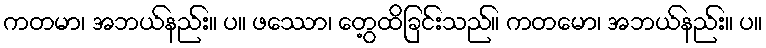
ကတမာ၊ အဘယ်နည်း။ ပ။ ဖဿော၊ တွေ့ထိခြင်းသည်။ ကတမော၊ အဘယ်နည်း။ ပ။